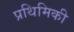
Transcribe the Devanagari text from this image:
प्रथिमिकी